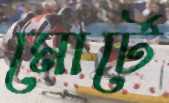
মোর্টে